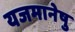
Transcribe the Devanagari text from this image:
यजमानेषु